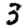
Digit: 3